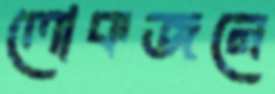
লোকজনে